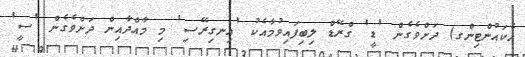
އެކައުންޓިންގ) ދަށްވެގެން 'ޑީ' ގްރޭޑް ލިބިފައިވުމާއެކު 'އިނގިރޭސި' މި މާއްދާއިން ދަށްވެގެން 'ސީ'